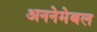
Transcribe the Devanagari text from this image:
अननेमेबल